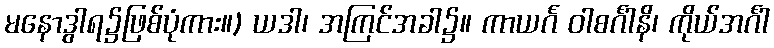
မနောဒွါရ၌ဖြစ်ပုံကား။) ယဒါ၊ အကြင်အခါ၌။ ကာယင်္ဂ ဝါစင်္ဂါနိ၊ ကိုယ်အင်္ဂါ